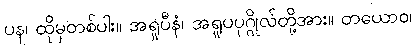
ပန၊ ထိုမှတစ်ပါး။ အရူပီနံ၊ အရူပပုဂ္ဂိုလ်တို့အား။ တယောဝ၊